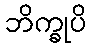
ဘိက္ခုပိ